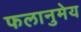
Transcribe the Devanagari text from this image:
फलानुमेय